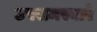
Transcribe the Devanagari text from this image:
उपसमस्याएँ